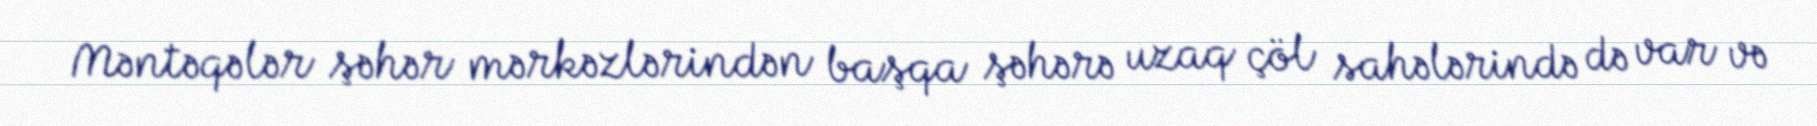
Məntəqələr şəhər mərkəzlərindən başqa şəhərə uzaq çöl sahələrində də var və